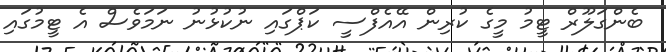
ބެންގަލޫރް ޓީމު މީގެ ކުރިން އޭއެފްސީ ކަޕްގައި ނުކުޅުނު ނަމަވެސް އެ ޓީމުގައި